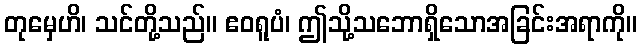
တုမှေဟိ၊ သင်တို့သည်။ ဧဝရူပံ၊ ဤသို့သဘောရှိသောအခြင်းအရာကို။